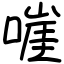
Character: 嘊